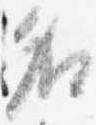
名